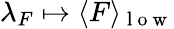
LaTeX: \lambda_{F}\mapsto\langle F\rangle_{\mathrm{~l~o~w~}}